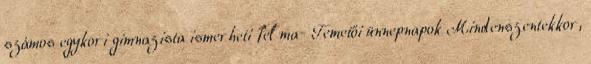
számos egykori gimnazista ismerheti fel ma- Temetői ünnepnapok Mindenszentekkor,